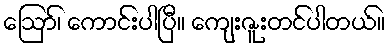
ဪ၊ ကောင်းပါပြီ။ ကျေးဇူးတင်ပါတယ်။